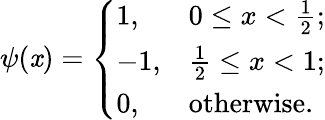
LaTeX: \psi(\mathit{x})=\left\{ \begin{array}{ll}{1,}&{0\leq x<\frac{1}{2};}\\ {-1,}&{\frac{1}{2}\leq x<1;}\\ {0,}&{\mathrm{otherwise.}}\end{array}\right.